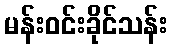
မန်းဝင်းခိုင်သန်း